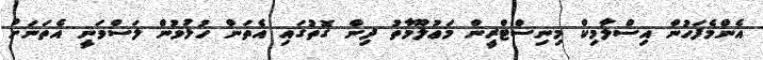
އެންމެފަހުން އިސްލާމިކް މިނިސްޓްރީން މަޢުލޫމާތު ދިން ގޮތުގައި އެތަން ހުޅުވުން ލަސްވަނީ އެތަނަށް